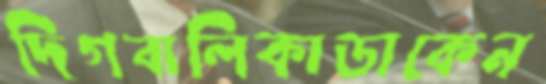
দিগবালিকাডাকেন